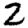
Digit: 2